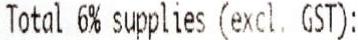
TOTAL 6% SUPPLIES (EXCL. GST):